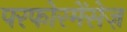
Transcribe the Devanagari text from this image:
परफोरमेंसेज़